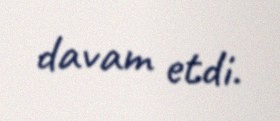
davam etdi.